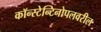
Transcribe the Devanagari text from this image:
कॉन्स्टेन्टिनोपलवरील